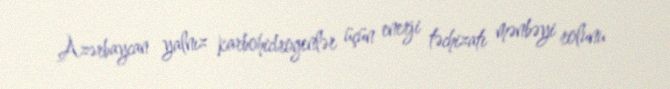
Azərbaycan yalnız karbohidrogenlər üçün enerji təchizatı mənbəyi rolunu